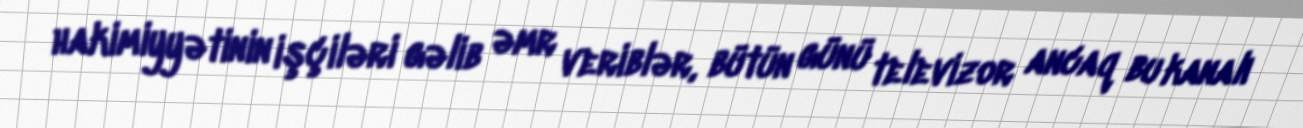
hakimiyyətinin işçiləri gəlib əmr veriblər, bütün günü televizor ancaq bu kanalı